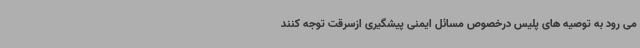
می رود به توصیه های پلیس درخصوص مسائل ایمنی پیشگیری ازسرقت توجه کنند